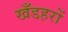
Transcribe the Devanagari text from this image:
खँडहरों